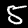
Label: 5